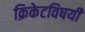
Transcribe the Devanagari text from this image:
क्रिकेटविषयी